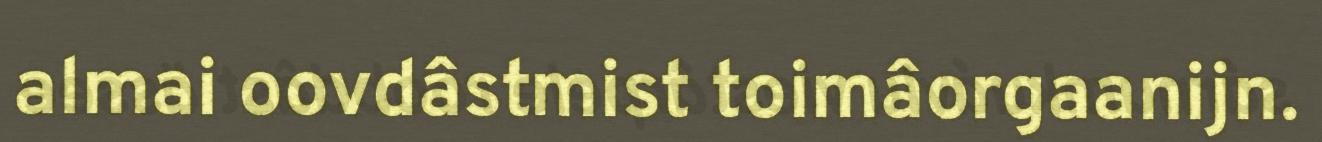
almai oovdâstmist toimâorgaanijn.